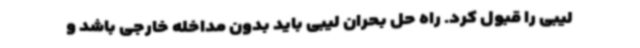
لیبی را قبول کرد. راه حل بحران لیبی باید بدون مداخله خارجی باشد و